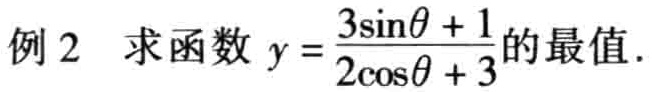
例2 求函数 \(y = \frac{3\sin\theta + 1}{2\cos\theta + 3}\)的最值.